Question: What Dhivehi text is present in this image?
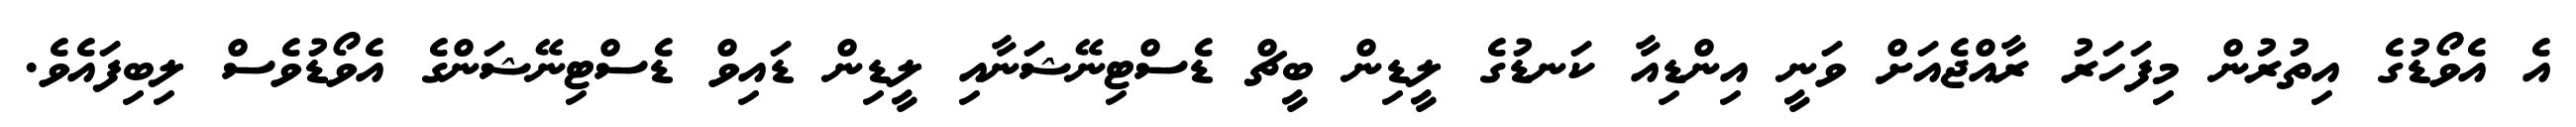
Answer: އެ އެވޯޑުގެ އިތުރުން މިފަހަރު ރާއްޖެއަށް ވަނީ އިންޑިއާ ކަނޑުގެ ލީޑިން ބީޗް ޑެސްޓިނޭޝަނާއި ލީޑިން ޑައިވް ޑެސްޓިނޭޝަންގެ އެވޯޑުވެސް ލިބިފައެވެ.